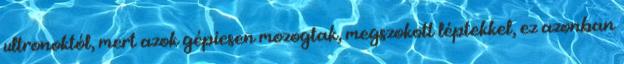
ultronoktól, mert azok gépiesen mozogtak, megszokott léptekkel, ez azonban